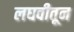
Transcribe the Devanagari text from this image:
लघवीतून